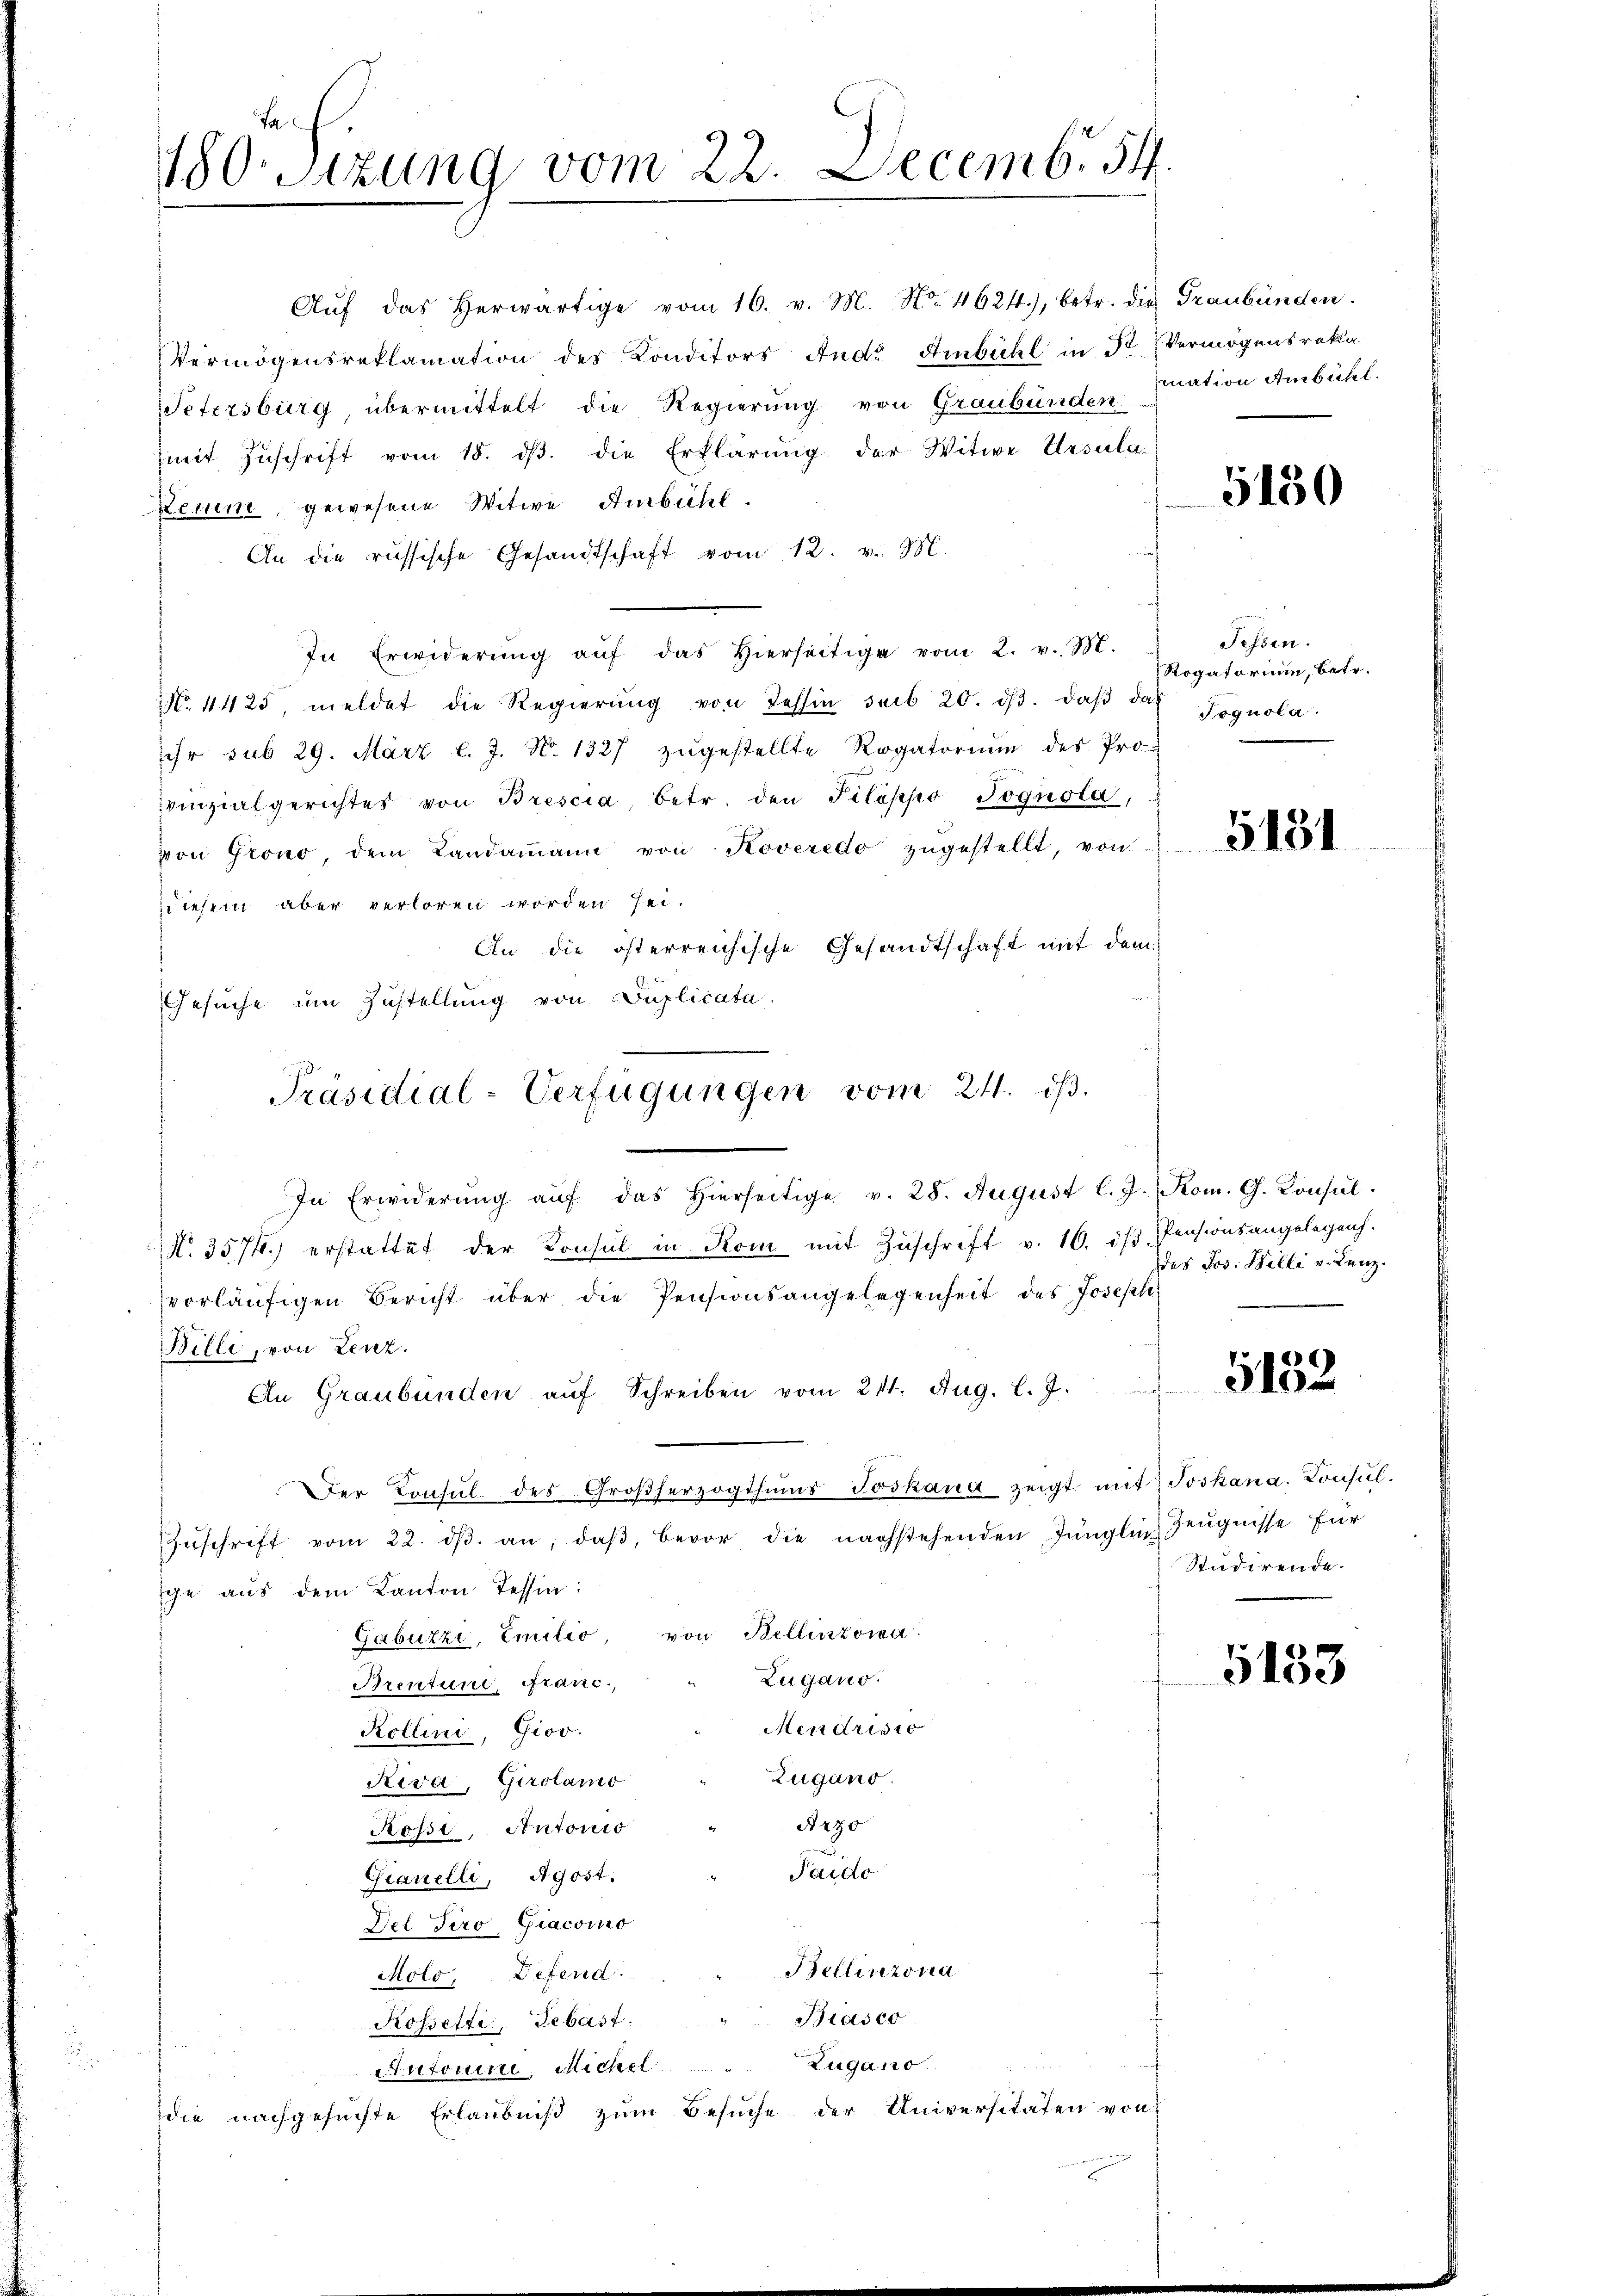
Fa
180. Sitzung vom 22. Decemb. 54.

Aŭf das herwärtige vom 16. v. M. No. 4624), betr. die
Vermögensreklamation des Konditors Ande Ambichl in Dr Vermögensreka
Petersburg übermittelt die Regierung von Graubünden
mit Zŭschrift vom 18. dβ. die Erklärŭng der Witwe Ursula
Zemm, gewesene Witwe Ambühl.
An die russische Gesandtschaft vom 12. v. M.
In Erwiderŭng aŭf das hierseitige vom 2. v. M.
No. 4425, meldet die Regierŭng von Tessin sub 20. dβ. daβ das Fognola
sehr sub 29. März l. J. No. 1327 zŭgestellte Rogatoriŭm des Pro-
vinzialgerichtes von Brescia betr. den Pilippo Jognola,
von Grono, dem Landammann von Roveredo zŭgestellt, von
diesem aber verloren worden sei.
An die österreichische Gesandtschaft mit dem
Gesŭche ŭm Zŭstellŭng von Puplicata.
In Erwiderŭng aŭf das hierseitige v. 28. August l. J. Rom. G. Consul
NNo. 3574.) erstattet der Konsul in Kom mit Zuschrift v. 16. dβ Pensionsangelegenh
vorläŭfigen Bericht über die Pensionsangelegenheit des Joseph
Billi, von Lenz.
An Graubünden aŭf Schreiben vom 21. Aug. l. J.
Der Konsŭl. des Großherzogthums Joskaua zeigt mit Joskana. Konsul¬
Zŭschrift vom 22. dβ. an, daβ, bevor die nachstehenden Jünglin Zeŭgnisse für
ige aus dem Kanton Tessin:
Gabuzzi, Emilio, von Bellinzona
Zugano.
Brentune, Franc,
Mendrisio
Kollini, Giov.
Zugano.
Riva, Girolamo
A 230
Rossi, Antonis
Taido
Gianelli, Agost.
Del Tiro, Giacomo
Bellinzona
Molo, Defend
Biasco
Rossetti, Sebast.
n
Zugano.
Antonie, Michel
n
die nachgesuchte Erlaubniß zum Besuche der Universitäten von

Präsidial-Verfügungen vom 24. dβ.

Graubünden.
mation Ambühl.

5150

sehen.
Rogatorium, betr.

5131

Des Jos. Willi v. Lenz.

5132

Studirende.

5133